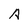
Character: A